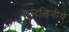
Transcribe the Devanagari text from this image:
कुन्दलिनीय